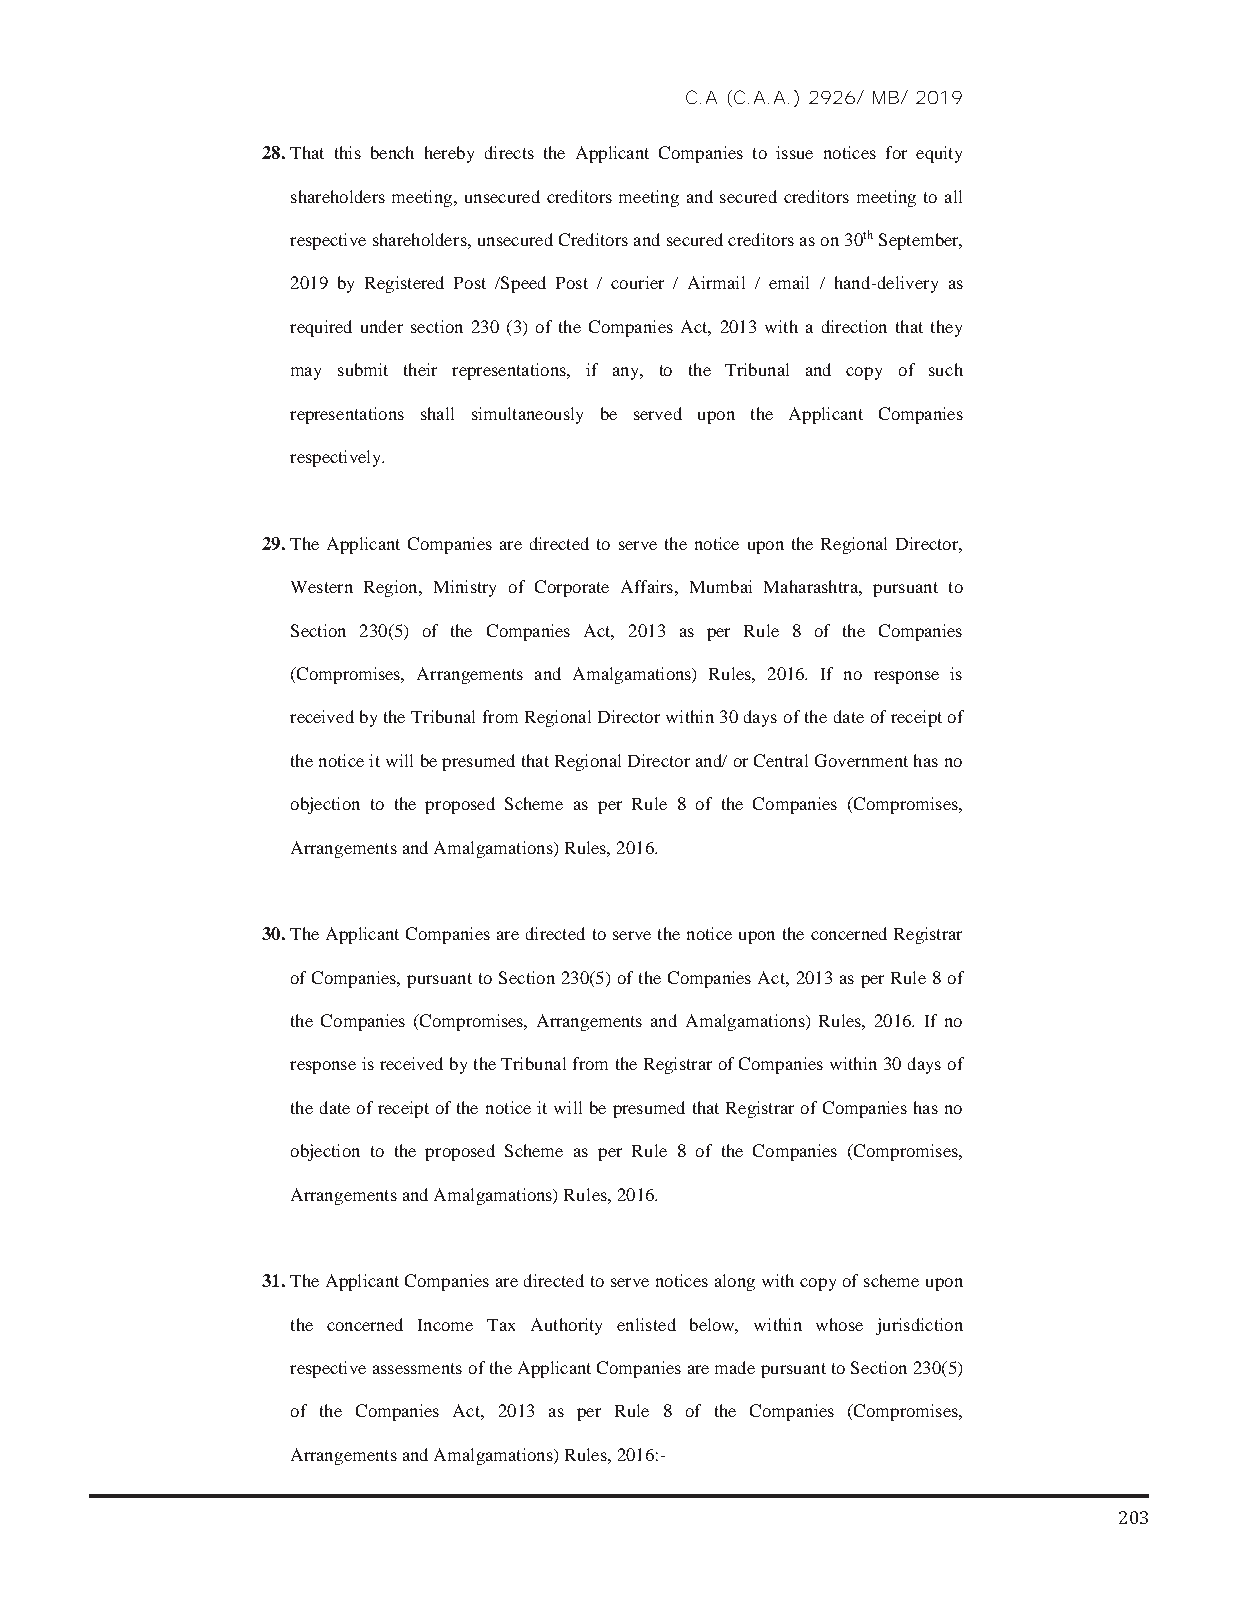
C.A (C.A.A.) 2926/ MB/ 2019
 28. That this bench hereby directs the Applicant Companies to issue notices for equity
 shareholders meeting, unsecured creditors meeting and secured creditors meeting to all
 respective shareholders, unsecured Creditors and secured creditors as on 30th September,
 2019 by Registered Post /Speed Post / courier / Airmail / email / hand-delivery as
 required under section 230 (3) of the Companies Act, 2013 with a direction that they
 may submit their representations, if any, to the Tribunal and copy of such
 representations shall simultaneously be served upon the Applicant Companies
 respectively.
 29. The Applicant Companies are directed to serve the notice upon the Regional Director,
 Western Region, Ministry of Corporate Affairs, Mumbai Maharashtra, pursuant to
 Section 230(5) of the Companies Act, 2013 as per Rule 8 of the Companies
 (Compromises, Arrangements and Amalgamations) Rules, 2016. If no response is
 received by the Tribunal from Regional Director within 30 days of the date of receipt of
 the notice it will be presumed that Regional Director and/ or Central Government has no
 objection to the proposed Scheme as per Rule 8 of the Companies (Compromises,
 Arrangements and Amalgamations) Rules, 2016.
 30. The Applicant Companies are directed to serve the notice upon the concerned Registrar
 of Companies, pursuant to Section 230(5) of the Companies Act, 2013 as per Rule 8 of
 the Companies (Compromises, Arrangements and Amalgamations) Rules, 2016. If no
 response is received by the Tribunal from the Registrar of Companies within 30 days of
 the date of receipt of the notice it will be presumed that Registrar of Companies has no
 objection to the proposed Scheme as per Rule 8 of the Companies (Compromises,
 Arrangements and Amalgamations) Rules, 2016.
 31. The Applicant Companies are directed to serve notices along with copy of scheme upon
 the concerned Income Tax Authority enlisted below, within whose jurisdiction
 respective assessments of the Applicant Companies are made pursuant to Section 230(5)
 of the Companies Act, 2013 as per Rule 8 of the Companies (Compromises,
 Arrangements and Amalgamations) Rules, 2016:-
 11
 203